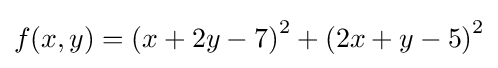
f(x,y)=\left(x+2y-7\right)^{2}+\left(2x+y-5\right)^{2}